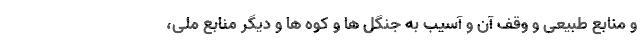
و منابع طبیعی و وقف آن و آسیب به جنگل ها و کوه ها و دیگر منابع ملی،